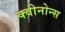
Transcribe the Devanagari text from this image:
क्वीनोन्स